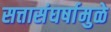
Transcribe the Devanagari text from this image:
सत्तासंघर्षामुळे